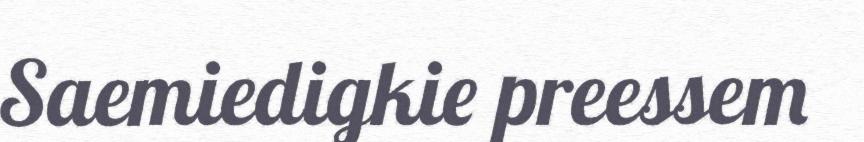
Saemiedigkie preessem